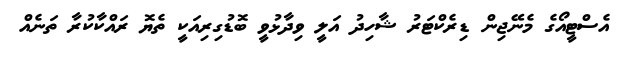
އެސްޓީއޯގެ މެނޭޖިން ޑިރެކްޓަރު ޝާހިދު އަލީ ވިދާޅުވީ ބޮޑުގިރިއަކީ ތެޔޮ ރައްކާކުރާ ތަނެއް